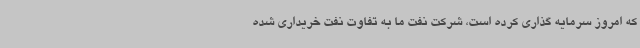
که امروز سرمایه گذاری کرده است، شرکت نفت ما به تفاوت نفت خریداری شده